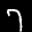
Label: 7